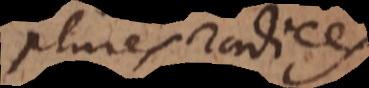
plures radices.